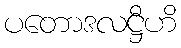
ပတောဒလဋ္ဌီဟိ